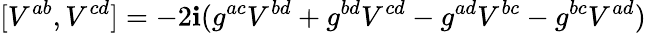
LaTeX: [V^{ab},V^{cd}]=-2\mathbf{i}(g^{ac}V^{bd}+g^{bd}V^{cd}-g^{ad}V^{bc}-g^{bc}V^{ad})